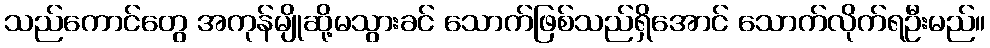
သည်ကောင်တွေ အကုန်မျိုဆို့မသွားခင် သောက်ဖြစ်သည်ရှိအောင် သောက်လိုက်ရဦးမည်။